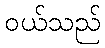
ဝယ်သည်